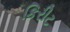
કિરીટ